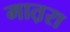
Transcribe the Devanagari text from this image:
मात़रा